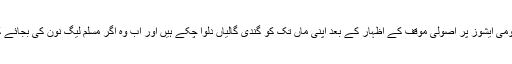
بہت سارے سینئر صحافی صرف اس وجہ سے مسلم لیگ نون کی حمایت کرتے ہیں کہ وہ قومی ایشوز پر اصولی موقف کے اظہار کے بعد اپنی ماں تک کو گندی گالیاں دلوا چکے ہیں اور اب وہ اگر مسلم لیگ نون کی بجائے کسی دوسری جماعت کو سراہنا بھی چاہیں تو انہیں اپنی ماں کو دی گئی گالیاں یاد آجاتی ہیں۔